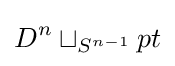
D^{n}\sqcup _{S^{n-1}}pt